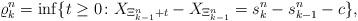
LaTeX: \begin{align*}\varrho^n_k=\inf\{t\geq 0\colon X_{\Xi^n_{k-1}+t}-X_{\Xi^n_{k-1}}=s^n_k-s^n_{k-1} -c\},\end{align*}